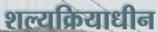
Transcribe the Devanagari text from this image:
शल्यक्रियाधीन